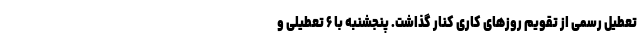
تعطیل رسمی از تقویم روزهای کاری کنار گذاشت. پنجشنبه با ۶ تعطیلی و